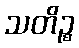
သတိဉ္စ